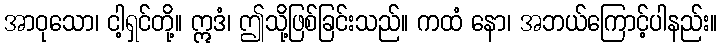
အာဝုသော၊ ငါ့ရှင်တို့။ ဣဒံ၊ ဤသို့ဖြစ်ခြင်းသည်။ ကထံ နော၊ အဘယ်ကြောင့်ပါနည်း။